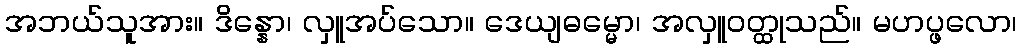
အဘယ်သူအား။ ဒိန္နော၊ လှူအပ်သော။ ဒေယျဓမ္မော၊ အလှူဝတ္ထုသည်။ မဟပ္ဖလော၊